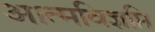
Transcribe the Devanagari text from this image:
आत्मविज्ञप्ति